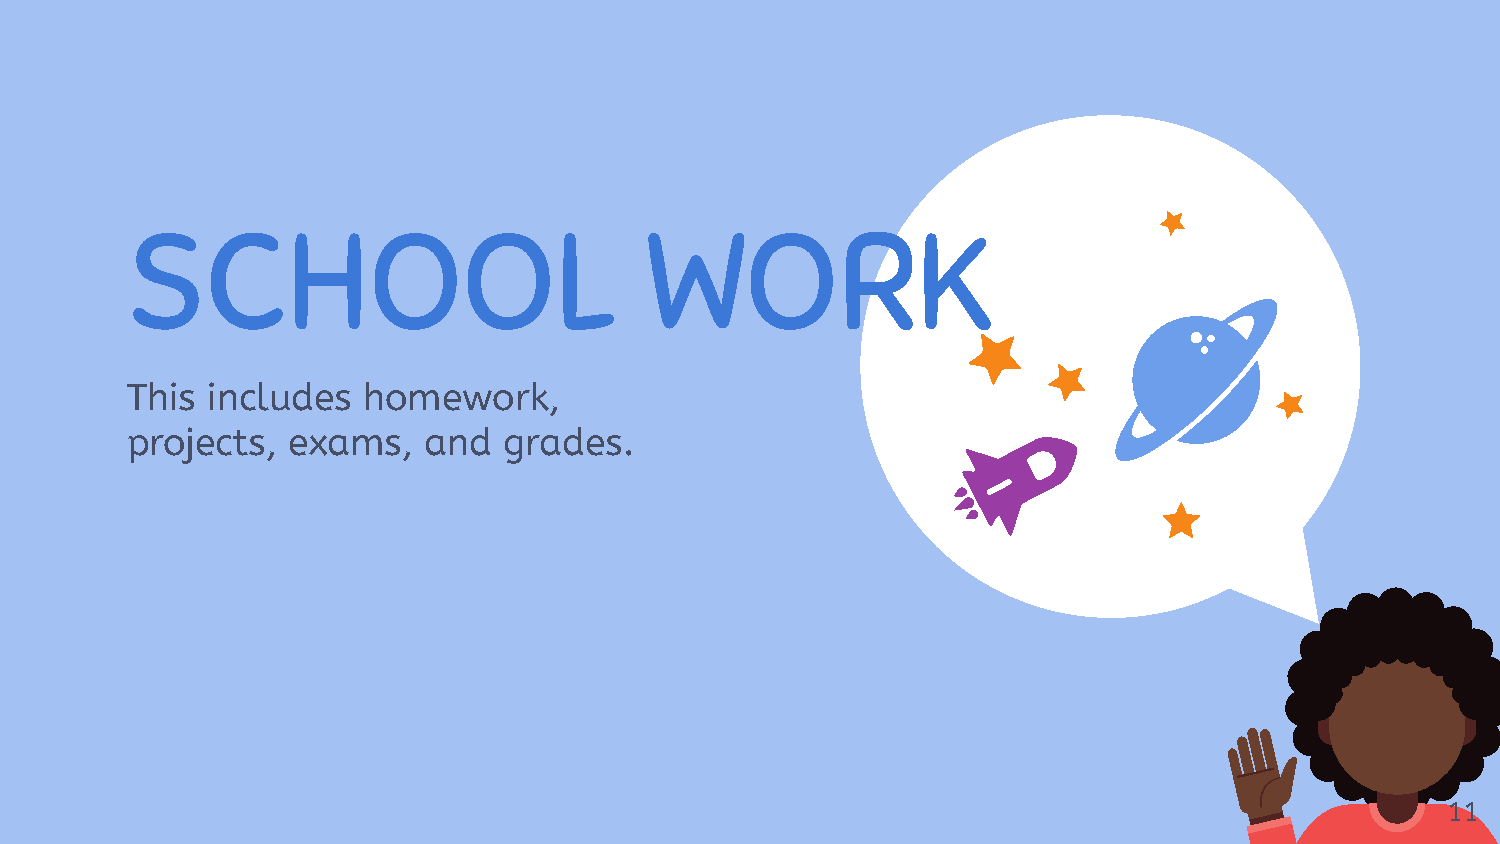
SCHOOL                             WORK
 This  includes  homework,
 projects,  exams,   and  grades.
 11